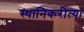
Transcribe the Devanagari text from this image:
स्थानिकरीत्या